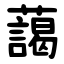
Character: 藹